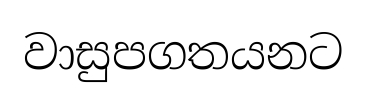
වාසුපගතයනට